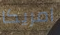
امريكا